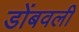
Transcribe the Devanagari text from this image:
डोंबवली